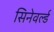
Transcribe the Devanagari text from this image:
सिनेवर्ल्ड